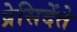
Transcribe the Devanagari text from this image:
प्रेसिदेंते